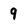
Character: 9